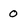
Character: 0